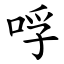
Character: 哹